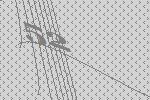
52